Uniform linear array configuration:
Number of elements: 24
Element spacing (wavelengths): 1
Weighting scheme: binomial
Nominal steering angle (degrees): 0
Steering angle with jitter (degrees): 0.98
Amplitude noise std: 0.05
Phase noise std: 0.05

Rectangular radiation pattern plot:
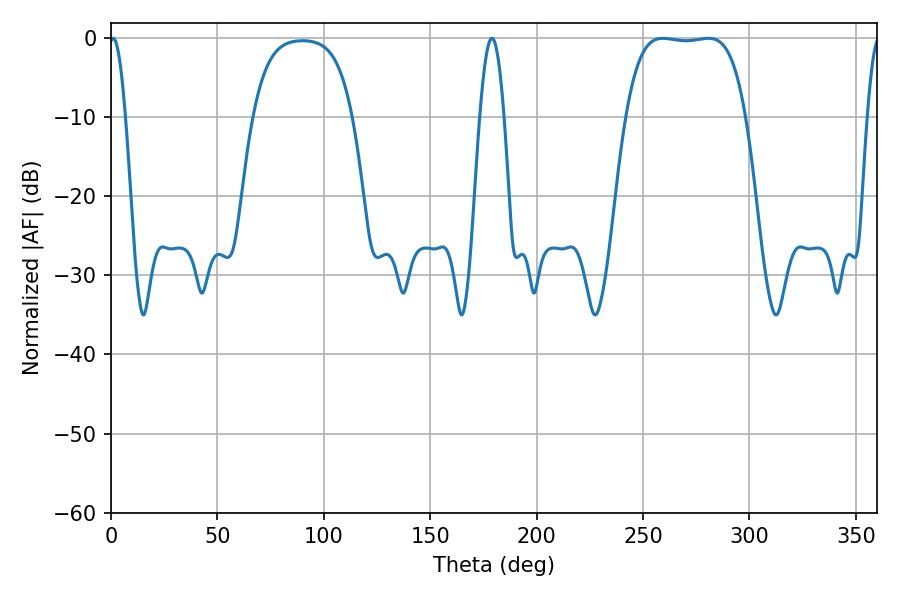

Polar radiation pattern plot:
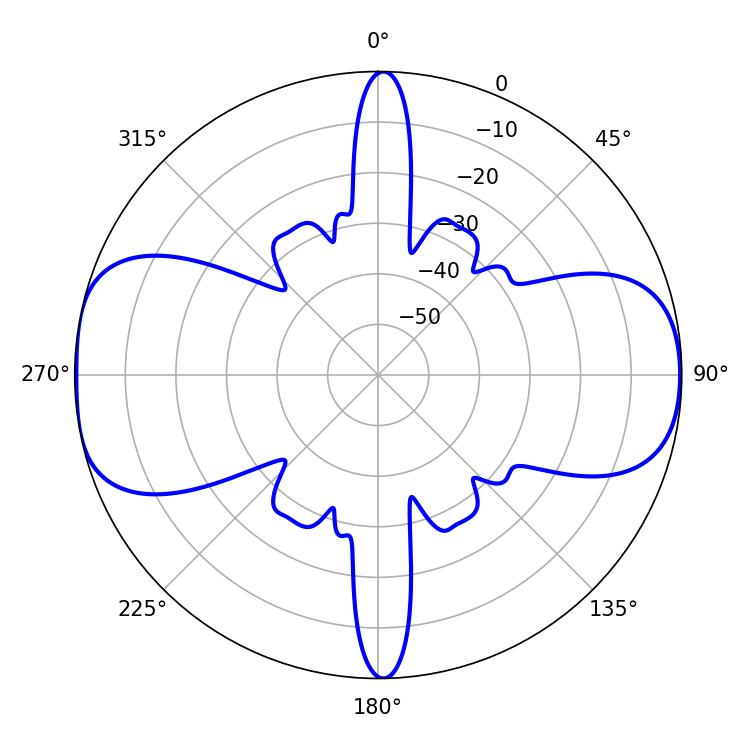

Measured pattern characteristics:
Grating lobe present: TRUE
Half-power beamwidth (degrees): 43.92
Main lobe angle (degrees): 259.2